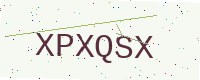
Text: XPXQSX